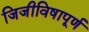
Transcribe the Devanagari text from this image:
जिजीविषापूर्ण